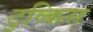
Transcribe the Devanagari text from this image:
टुव्किस